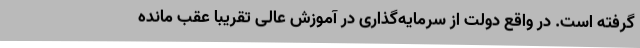
گرفته است. در واقع دولت از سرمایه‌گذاری در آموزش عالی تقریبا عقب مانده